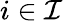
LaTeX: i\in\mathcal{I}